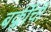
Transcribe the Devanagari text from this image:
बर्क्लीची